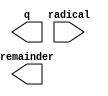
// megafunction wizard: %ALTSQRT%VBB%
// GENERATION: STANDARD
// VERSION: WM1.0
// MODULE: ALTSQRT 

// ============================================================
// Megafunction Name(s):
// 			ALTSQRT
//
// Simulation Library Files(s):
// 			altera_mf
// ============================================================
// ************************************************************
// THIS IS A WIZARD-GENERATED FILE. DO NOT EDIT THIS FILE!
//
// 18.0.0 Build 614 04/24/2018 SJ Standard Edition
// ************************************************************

//Copyright (C) 2018  Intel Corporation. All rights reserved.
//Your use of Intel Corporation's design tools, logic functions 
//and other software and tools, and its AMPP partner logic 
//functions, and any output files from any of the foregoing 
//(including device programming or simulation files), and any 
//associated documentation or information are expressly subject 
//to the terms and conditions of the Intel Program License 
//Subscription Agreement, the Intel Quartus Prime License Agreement,
//the Intel FPGA IP License Agreement, or other applicable license
//agreement, including, without limitation, that your use is for
//the sole purpose of programming logic devices manufactured by
//Intel and sold by Intel or its authorized distributors.  Please
//refer to the applicable agreement for further details.

module SQRT (
	radical,
	q,
	remainder);

	input	[31:0]  radical;
	output	[15:0]  q;
	output	[16:0]  remainder;

endmodule

// ============================================================
// CNX file retrieval info
// ============================================================
// Retrieval info: PRIVATE: INTENDED_DEVICE_FAMILY STRING "Cyclone IV E"
// Retrieval info: PRIVATE: SYNTH_WRAPPER_GEN_POSTFIX STRING "0"
// Retrieval info: LIBRARY: altera_mf altera_mf.altera_mf_components.all
// Retrieval info: CONSTANT: PIPELINE NUMERIC "0"
// Retrieval info: CONSTANT: Q_PORT_WIDTH NUMERIC "16"
// Retrieval info: CONSTANT: R_PORT_WIDTH NUMERIC "17"
// Retrieval info: CONSTANT: WIDTH NUMERIC "32"
// Retrieval info: USED_PORT: q 0 0 16 0 OUTPUT NODEFVAL "q[15..0]"
// Retrieval info: USED_PORT: radical 0 0 32 0 INPUT NODEFVAL "radical[31..0]"
// Retrieval info: USED_PORT: remainder 0 0 17 0 OUTPUT NODEFVAL "remainder[16..0]"
// Retrieval info: CONNECT: @radical 0 0 32 0 radical 0 0 32 0
// Retrieval info: CONNECT: q 0 0 16 0 @q 0 0 16 0
// Retrieval info: CONNECT: remainder 0 0 17 0 @remainder 0 0 17 0
// Retrieval info: GEN_FILE: TYPE_NORMAL SQRT.v TRUE
// Retrieval info: GEN_FILE: TYPE_NORMAL SQRT.inc FALSE
// Retrieval info: GEN_FILE: TYPE_NORMAL SQRT.cmp FALSE
// Retrieval info: GEN_FILE: TYPE_NORMAL SQRT.bsf FALSE
// Retrieval info: GEN_FILE: TYPE_NORMAL SQRT_inst.v TRUE
// Retrieval info: GEN_FILE: TYPE_NORMAL SQRT_bb.v TRUE
// Retrieval info: LIB_FILE: altera_mf